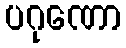
ပဂုဏော